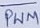
Text: PWM